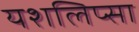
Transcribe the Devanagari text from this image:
यशलिप्सा